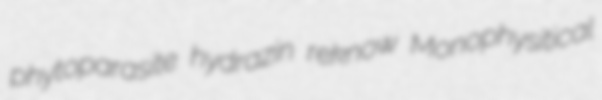
phytoparasite hydrazin reknow Monophysitical